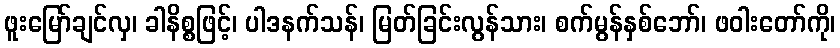
ဖူးမြော်ချင်လှ၊ ခါနိစ္စဖြင့်၊ ပါဒနက်သန်၊ မြတ်ခြင်းလွန်သား၊ စက်မွန်နှစ်ဘော်၊ ဖဝါးတော်ကို၊